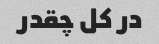
در کل چقدر